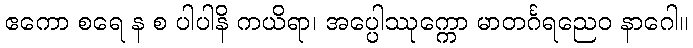
ဧကော စရေ န စ ပါပါနိ ကယိရာ၊ အပ္ပေါဿုက္ကော မာတင်္ဂရညေဝ နာဂေါ။